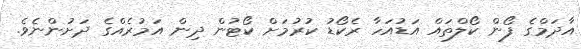
އާދަމްގެ ފޯން ކޯލްތައް އަޑުއަހާ ރެކޯޑު ކުރުމަށް ކޯޓުން ދިން އަމުރެއްގެ ދަށުންނެވެ.